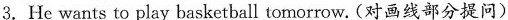
3.He wants to play basketball tomorrow.(对画线部分提问)